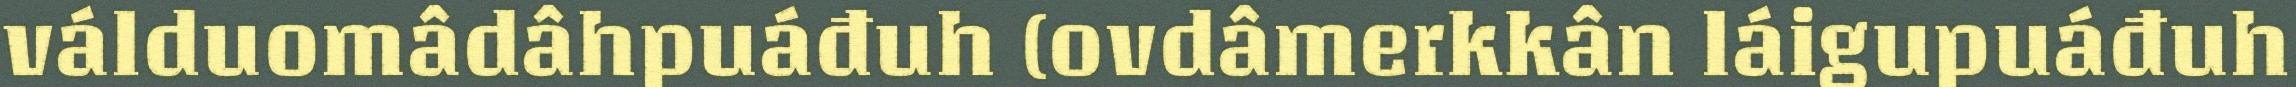
válduomâdâhpuáđuh (ovdâmerkkân láigupuáđuh